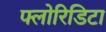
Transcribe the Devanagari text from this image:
फ्लोरिडिटा